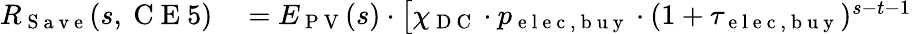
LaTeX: \begin{array}{rl}{R_{\mathrm{~S~a~v~e~}}(s,\mathrm{~C~E~}5)}&{{}=E_{\mathrm{~P~V~}}(s)\cdot\left[\chi_{\mathrm{~D~C~}}\cdot p_{\mathrm{~e~l~e~c~},\mathrm{~b~u~y~}}\cdot(1+\tau_{\mathrm{~e~l~e~c~},\mathrm{~b~u~y~}})^{s-t-1}\right.}\end{array}